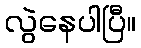
လွဲနေပါပြီ။